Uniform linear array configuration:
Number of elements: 4
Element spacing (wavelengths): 1
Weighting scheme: uniform
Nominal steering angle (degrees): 45
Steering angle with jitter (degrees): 43.405
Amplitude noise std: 0.05
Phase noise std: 0.05

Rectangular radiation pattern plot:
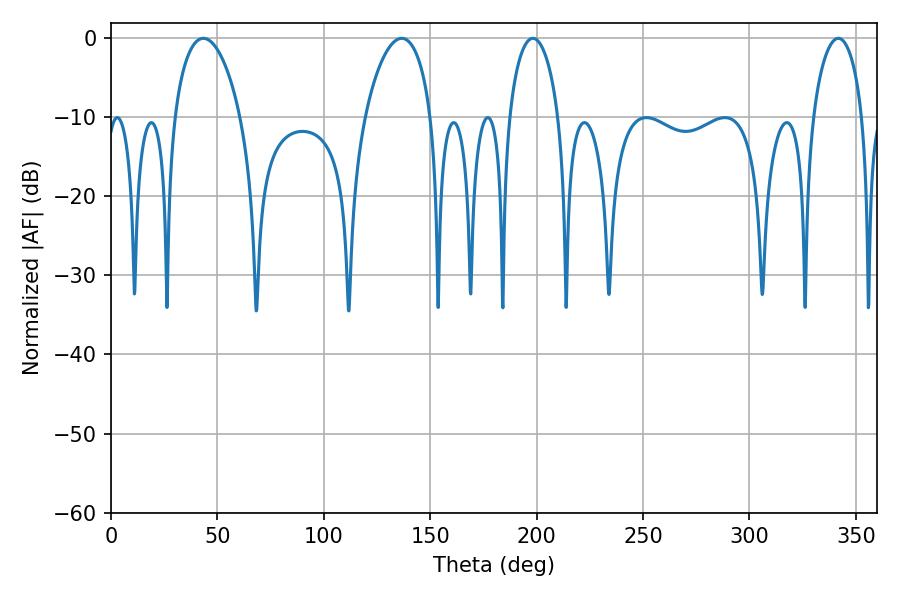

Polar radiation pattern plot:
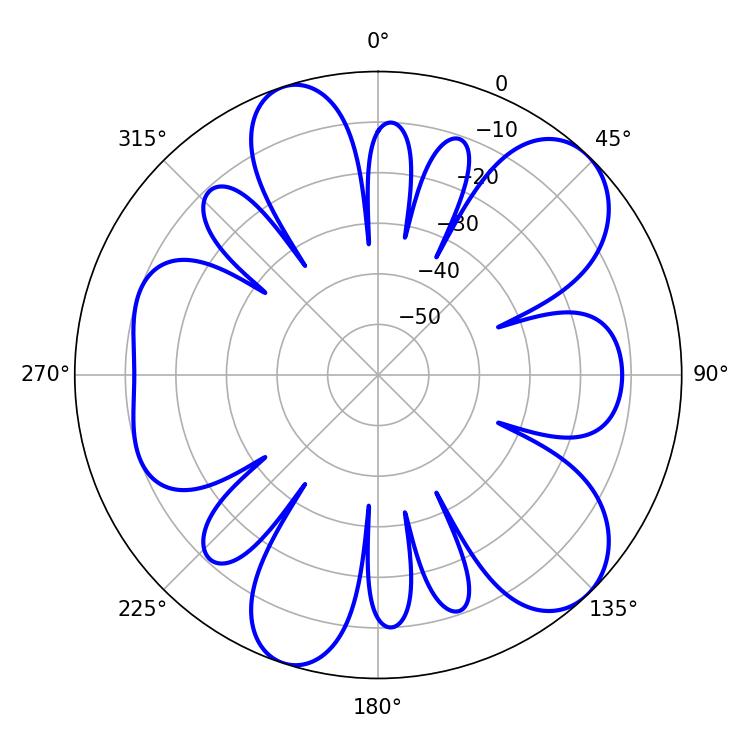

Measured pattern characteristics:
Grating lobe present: TRUE
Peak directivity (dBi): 9.378
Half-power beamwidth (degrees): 17.64
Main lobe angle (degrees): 43.38